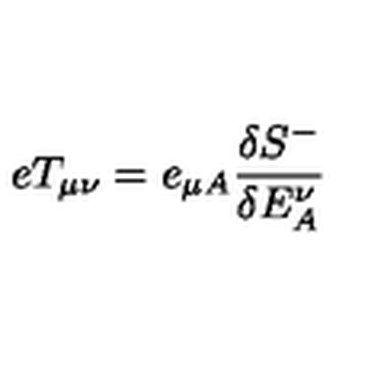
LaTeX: e T _ { \mu \nu } = e _ { \mu A } \frac { \delta { S } ^ { - } } { \delta E _ { A } ^ { \nu } }